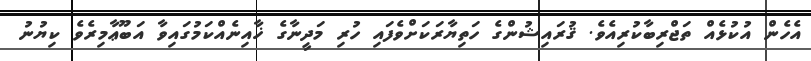
އެހެން އުކުޅެއް ތަޖްރިބާކުރިއެވެ. ޤުރައިޝުންގެ ހަތިޔާރަކަށްވެފައި ހުރި މަދީނާގެ ޚާއިނެއްކަމުގައިވާ އަބޫޢާމިރެވެ ކިޔުނު